Civil Veterinary Dept. Bombay admin report 1923-31 - 1923-1931
Year: 1923
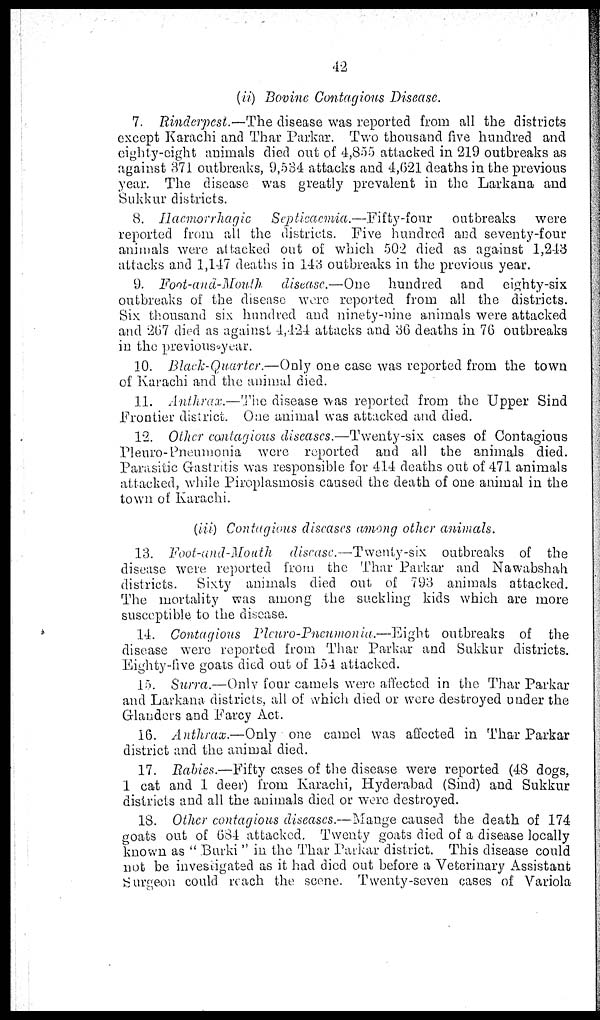
42
(ii) Bovine Contagious Disease.
7. Rinderpest.—The disease was reported from all the districts
except Karachi and Thar Parkar. Two thousand five hundred and
eighty-eight animals died out of 4,855 attacked in 219 outbreaks as
against 371 outbreaks, 9,534 attacks and 4,621 deaths in the previous
year. The disease was greatly prevalent in the Larkana and
Sukkur districts.
8. Hæmorrhagic Septicaemia.—Fifty-four
outbreaks were
reported from all the districts. Five hundred and seventy-four
animals were attacked out of which 502 died as against 1,243
attacks and 1,147 deaths in 143 outbreaks in the previous year.
9. Foot-and-Mouth disease.—One hundred and eighty-six
outbreaks of the disease were reported from all the districts.
Six thousand six hundred and ninety-nine animals were attacked
and 267 died as against 4,424 attacks and 36 deaths in 76 outbreaks
in the previous year.
10. Black-Quarter.—Only one case was reported from the town
of Karachi and the animal died.
11. Anthrax.—The disease was reported from the Upper Sind
Frontier district. One animal was attacked and died.
12. Other contagious diseases.—Twenty-six cases of Contagious
Pleuro-Pneumonia were reported and all the animals died.
Parasitic Gastritis was responsible for 414 deaths out of 471 animals
attacked, while Piroplasmosis caused the death of one animal in the
town of Karachi.
(iii) Contagious diseases among other animals.
13. Foot-and-Mouth discase.—Twenty-six outbreaks of the
disease were reported from the Thar Parkar and Nawabshah
districts. Sixty animals died out of 793 animals attacked.
The mortality was among the suckling kids which are more
susceptible to the disease.
14. Contagious Pleuro-Pneumonia.—Eight outbreaks of the
disease were reported from Thar Parkar and Sukkur districts.
Eighty-five goats died out of 154 attacked.
15. Surra.—Only four camels were affected in the Thar Parkar
and Larkana districts, all of which died or were destroyed under the
Glanders and Farcy Act.
16. Anthrax.—Only one camel was affected in Thar Parkar
district and the animal died.
17. Rabies.—Fifty cases of the disease were reported (48 dogs,
1 cat and 1 deer) from Karachi, Hyderabad (Sind) and Sukkur
districts and all the animals died or were destroyed.
18. Other contagious diseases.—Mange caused the death of 174
goats out of 684 attacked. Twenty goats died of a disease locally
known as "Burki" in the Thar Parkar district. This disease could
not be investigated as it had died out before a Veterinary Assistant
Surgeon could reach the scene. Twenty-seven cases of Variola